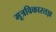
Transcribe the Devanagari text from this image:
मूत्रविकारतज्ञ